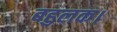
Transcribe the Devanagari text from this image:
बहुलक।